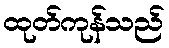
ထုတ်ကုန်သည်